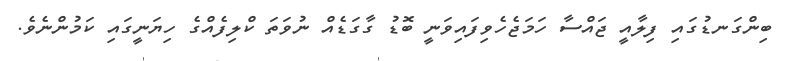
ބިންގަނޑުގައި ފިލާއީ ޖައްސާ ހަމަޖެހެވިފައިވަނީ ބޮޑު ގާގަޑެއް ނުވަތަ ކްލިފެއްގެ ހިޔަނީގައި ކަމުންނެވެ.